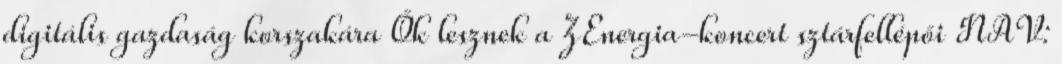
digitális gazdaság korszakára Ők lesznek a ZEnergia-koncert sztárfellépői NAV: